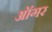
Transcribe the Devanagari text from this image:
ऑगर